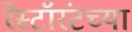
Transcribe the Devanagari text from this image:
रेस्टॉरंटच्या